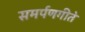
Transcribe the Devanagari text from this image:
समर्पणगीते